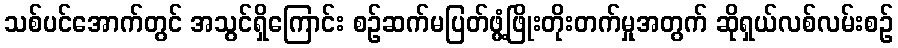
သစ်ပင်အောက်တွင် အသွင်ရှိကြောင်း စဉ်ဆက်မပြတ်ဖွံ့ဖြိုးတိုးတက်မှုအတွက် ဆိုရှယ်လစ်လမ်းစဉ်